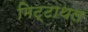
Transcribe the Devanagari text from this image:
मिट्टाथल